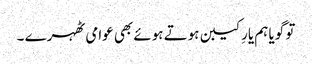
تو گویا ہم یارِ کیبن ہوتے ہوئے بھی عوامی ٹھہرے ۔